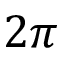
2 \pi